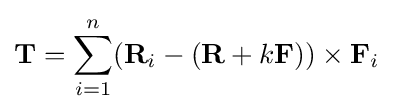
\mathbf {T} =\sum _{i=1}^{n}(\mathbf {R} _{i}-(\mathbf {R} +k\mathbf {F} ))\times \mathbf {F} _{i}